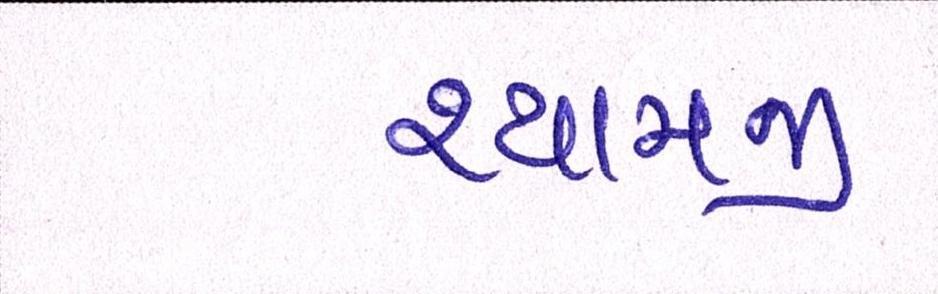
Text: શ્યામજી